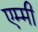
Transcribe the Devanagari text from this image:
एम्‍मी